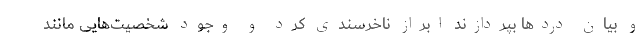
و بیانِ دردها بپردازند ابراز ناخرسندی کرد و وجود شخصیت‌هایی مانند